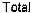
TOTAL